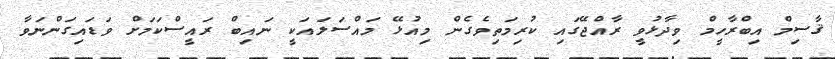
ޤާސިމް އިބްރާހީމް ވިދާޅުވީ ރާއްޖޭގައި ކުރިމަތިވެގެން މިއުޅޭ މައްސަލައަކީ ނައިބް ރައީސްކަމަށް ވަޑައިގަންނަވާ